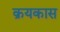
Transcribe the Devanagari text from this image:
क्रयकास